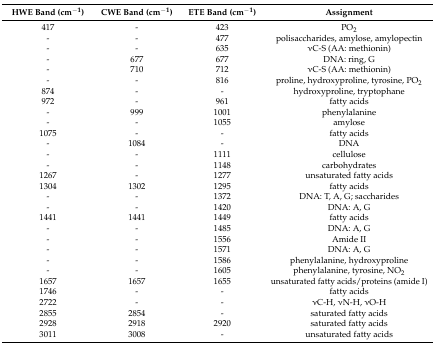
| HWE Band (cm−1) | CWE Band (cm−1) | ETE Band (cm−1) | Assignment |
 | --- | --- | --- | --- |
 | 417 | - | 423 | PO2 |
 | - | - | 477 | polisaccharides, amylose, amylopectin |
 | - | - | 635 | νC-S (AA: methionin) |
 | - | 677 | 677 | DNA: ring, G |
 | - | 710 | 712 | νC-S (AA: methionin) |
 | - | - | 816 | proline, hydroxyproline, tyrosine, PO2 |
 | 874 | - | - | hydroxyproline, tryptophane |
 | 972 | - | 961 | fatty acids |
 | - | 999 | 1001 | phenylalanine |
 | - | - | 1055 | amylose |
 | 1075 | - | - | fatty acids |
 | - | 1084 | - | DNA |
 | - | - | 1111 | cellulose |
 | - | - | 1148 | carbohydrates |
 | 1267 | - | 1277 | unsaturated fatty acids |
 | 1304 | 1302 | 1295 | fatty acids |
 | - | - | 1372 | DNA: T, A, G; saccharides |
 | - | - | 1420 | DNA: A, G |
 | 1441 | 1441 | 1449 | fatty acids |
 | - | - | 1485 | DNA: A, G |
 | - | - | 1556 | Amide II |
 | - | - | 1571 | DNA: A, G |
 | - | - | 1586 | phenylalanine, hydroxyproline |
 | - | - | 1605 | phenylalanine, tyrosine, NO2 |
 | 1657 | 1657 | 1655 | unsaturated fatty acids/proteins (amide I) |
 | 1746 | - | - | fatty acids |
 | 2722 | - | - | νC-H, νN-H, νO-H |
 | 2855 | 2854 | - | saturated fatty acids |
 | 2928 | 2918 | 2920 | saturated fatty acids |
 | 3011 | 3008 | - | unsaturated fatty acids |